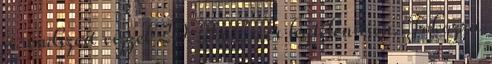
a rendszert vízzel 20±3 oC , és légtelenítsen. Fokozza